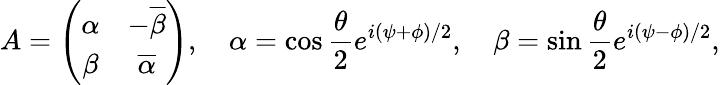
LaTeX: A=\left(\begin{array}{cc}{{\alpha}}&{{-\overline{{{\beta}}}}}\\ {{\beta}}&{{\overline{{{\alpha}}}}}\end{array}\right),\quad\alpha=\cos{\frac{\theta}{2}}e^{i(\psi+\phi)/2},\quad\beta=\sin{\frac{\theta}{2}}e^{i(\psi-\phi)/2},